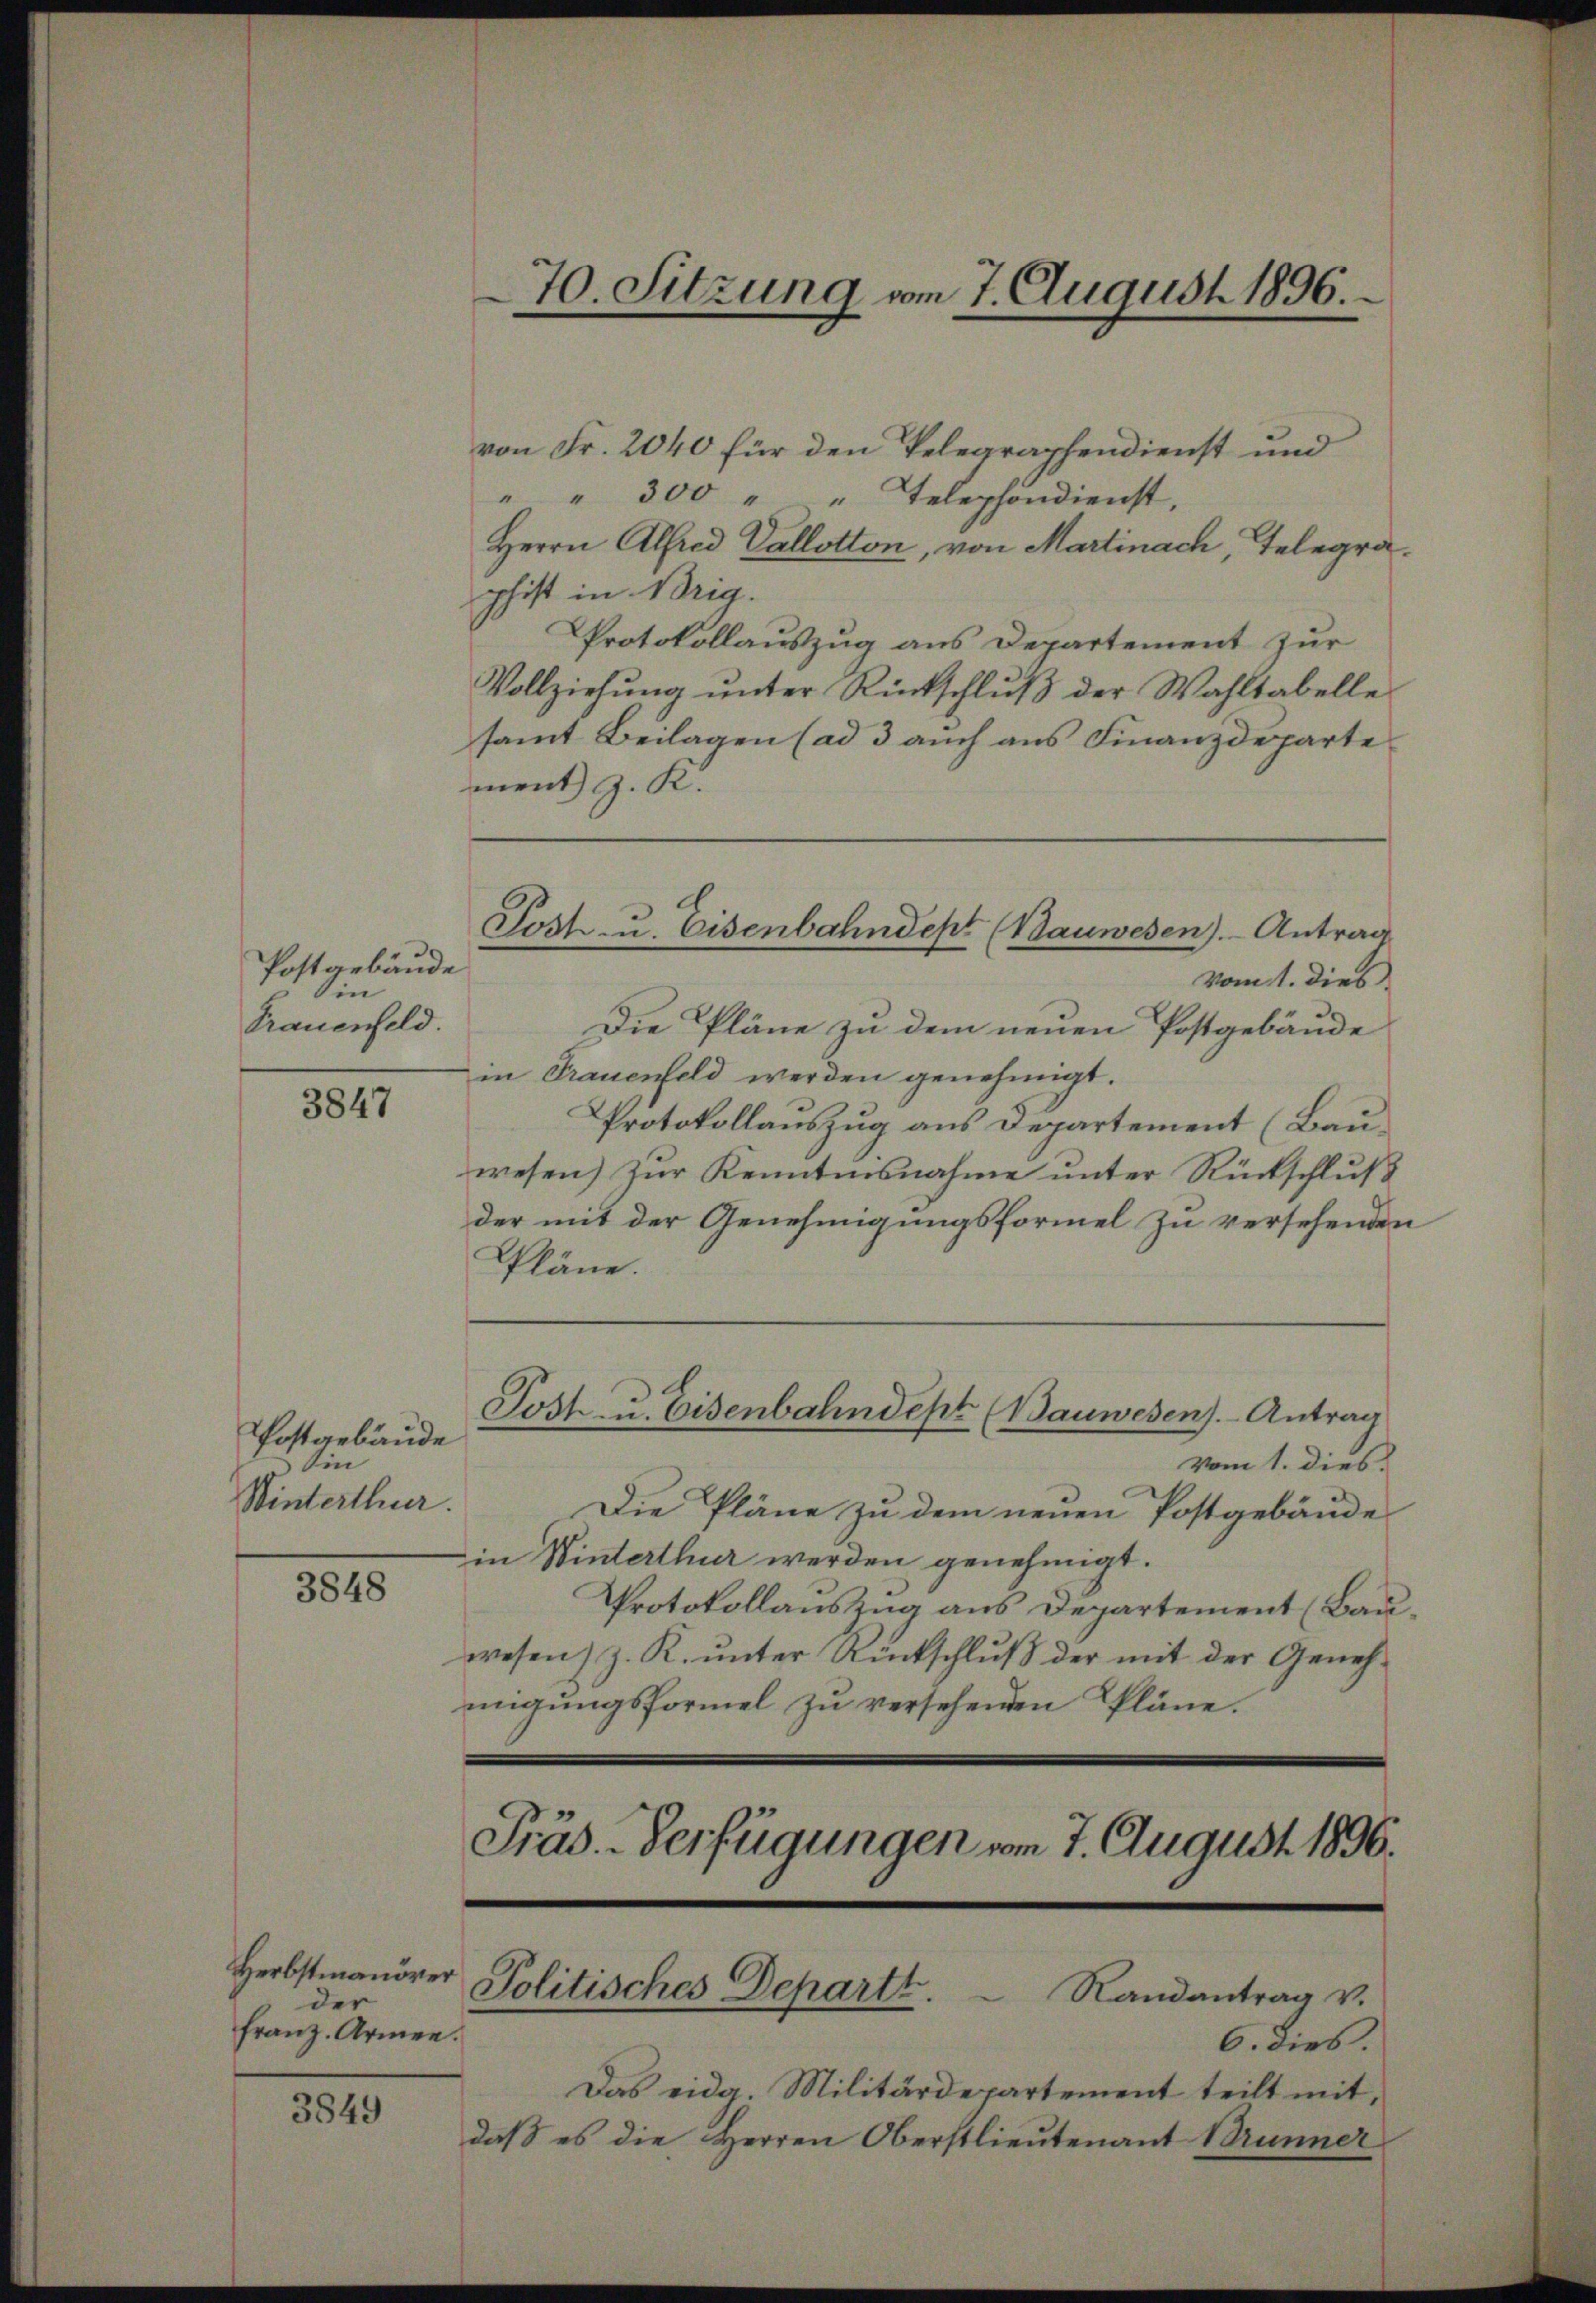
Postgebäude
in
Frauenfeld.

3847

Postgebäude
Sin
Winterthur.

3848

Herbstmanöver
der
Franz. Armen.

3849

von Fr. 2040 für den Telegraphendienst und
" " 300 " Telephondienst,
Herrn Alfred Vallotton, von Martinach, Telegraphist in Vorig.
Protokollauszug aus Departement zur
Vollziehung unter Rückschlŭβ der Wahltabelle
samt Beilagen (ad 3 auch aus Finanzdeparte
ment z. K.

vom 1. dies
Die Pläne zu dem neuen Postgebäude
in Trauenfeld werden genehmigt.
Protokollauszug aus Departement (Bauwesen) zur Kenntnisnahme unter Rückschluß
der mit der Genehmigungsformel zu versehenden
Jost u. Eisenbahndept (Bauwesen). Antrag
vom 1. dies
Die Pläne zu dem neuen Postgebäude
in Winterthur werden genehmigt.
Protokollauszug aus Departement (Bauwesen) z. R. unter Rückschluß der mit der Genehmigungsformel zu versehenden Pläne.
Präd.-Verfügungen vom 7. August 1896.

70. Sitzung am 7. August 1896.

Post- u. Eisenbahndept (Bauwesen). Antrag

Pläne.

Politisches Departt. Randantrag v.

6. dies
Das eidg. Militärdepartement teilt mit,
daß es die Herren Oberstlieutenant Brunner